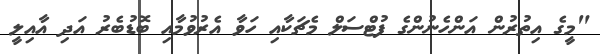
"މީގެ އިތުރުން އަންހެނުންގެ ފުޓްސަލް މެޗަކާއި ހަވާ އެރުވުމާއި ބޮޑުބެރު އަދި އާއިލީ